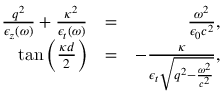
\begin{array} { r l r } { \frac { q ^ { 2 } } { \epsilon _ { z } ( \omega ) } + \frac { \kappa ^ { 2 } } { \epsilon _ { t } ( \omega ) } } & { = } & { \frac { \omega ^ { 2 } } { \epsilon _ { 0 } c ^ { 2 } } , } \\ { \tan \left( \frac { \kappa d } { 2 } \right) } & { = } & { - \frac { \kappa } { \epsilon _ { t } \sqrt { q ^ { 2 } - \frac { \omega ^ { 2 } } { c ^ { 2 } } } } , } \end{array}